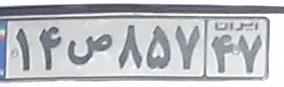
۱۴ص۸۵۷۴۷